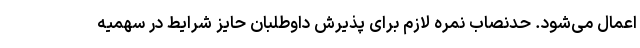
اعمال می‌شود. حدنصاب نمره لازم برای پذیرش داوطلبان حایز شرایط در سهمیه